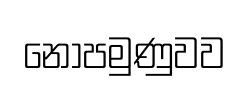
නොපමුණුවව